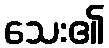
သေး၏